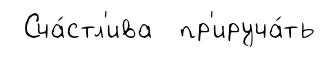
Сча́стл'ива пр'ируча́ть